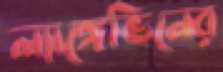
ল্যাঙ্গেভিনের